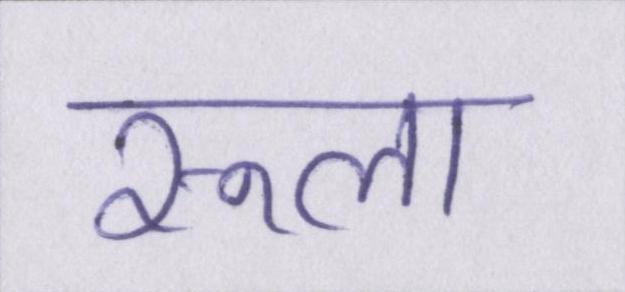
रूला